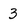
Character: 3